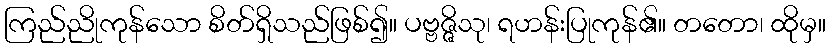
ကြည်ညိုကုန်သော စိတ်ရှိသည်ဖြစ်၍။ ပဗ္ဗဇ္ဇိသု၊ ရဟန်းပြုကုန်၏။ တတော၊ ထိုမှ။